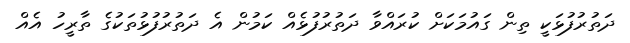
ދަތުރުފުޅަކީ ތިން ގައުމަކަށް ކުރައްވާ ދަތުރުފުޅެއް ކަމުން އެ ދަތުރުފުޅުތަކުގެ ތާރީހު އެއް